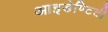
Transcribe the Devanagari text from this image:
आइडेण्टिटी